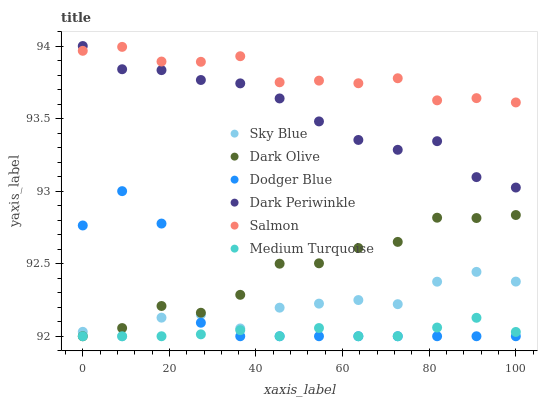
| xaxis_label | Sky Blue | Dark Olive | Dodger Blue | Dark Periwinkle | Salmon | Medium Turquoise |
 | --- | --- | --- | --- | --- | --- | --- |
 | 0 | 92 | 92 | 92.8 | 94 | 94 | 92 |
 | 9.09 | 92 | 92.1 | 93 | 93.8 | 94 | 92 |
 | 18.2 | 92.1 | 92.2 | 92.8 | 93.8 | 93.9 | 92 |
 | 27.3 | 92.1 | 92.2 | 92.1 | 93.8 | 93.9 | 92 |
 | 36.4 | 92.1 | 92.3 | 92 | 93.7 | 93.9 | 92 |
 | 45.5 | 92.2 | 92.5 | 92 | 93.6 | 93.8 | 92 |
 | 54.5 | 92.2 | 92.5 | 92 | 93.5 | 93.8 | 92.1 |
 | 63.6 | 92.2 | 92.6 | 92 | 93.4 | 93.7 | 92 |
 | 72.7 | 92.2 | 92.7 | 92 | 93.3 | 93.8 | 92 |
 | 81.8 | 92.4 | 92.8 | 92 | 93.3 | 93.6 | 92.1 |
 | 90.9 | 92.4 | 92.8 | 92 | 93.1 | 93.6 | 92.1 |
 | 100 | 92.4 | 92.8 | 92 | 93 | 93.6 | 92 |